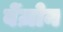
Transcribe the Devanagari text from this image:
बेंज़ोन